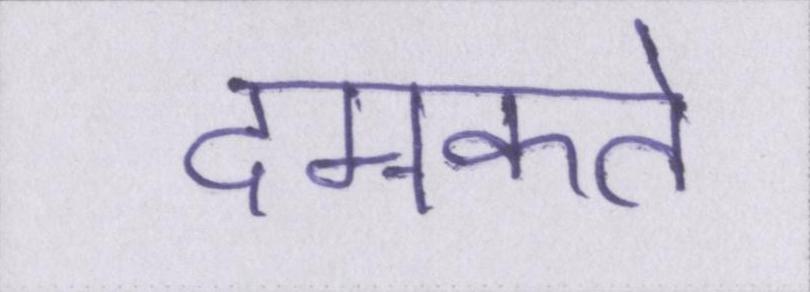
दमकते